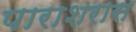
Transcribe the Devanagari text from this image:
पाराशरास